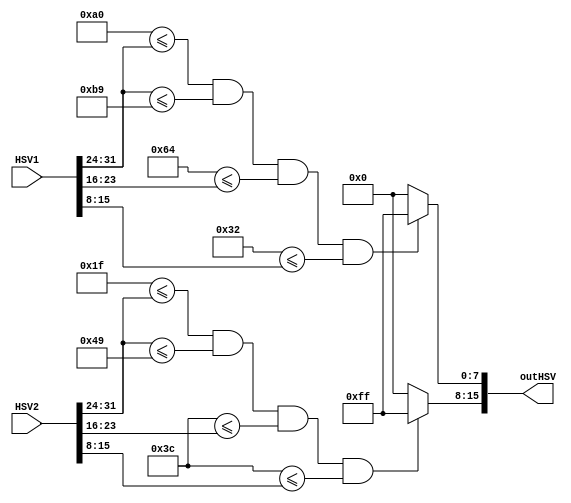
module cvinrange(
 HSV1,HSV2,outHSV
);
input[31:0] HSV1 ;
input[31:0] HSV2 ;
output [31:0] outHSV ;


//Those ranges need to be changed to decimal
//they are meaningless in binary form
//pink
assign outHSV[7:0]=( /*H*/8'b10100000 <= HSV1[31:24] && HSV1[31:24] <= 8'b10111001 &&/*S*/ 8'b01100100 <= HSV1[23:16]  &&/*V*/ 8'd50 <= HSV1[15:8] )?(8'b11111111):8'b00000000;
//green
assign outHSV[15:8]=( 8'b00011111 <= HSV2[31:24] && HSV2[31:24] <= 8'b01001001 && 8'b00111100 <= HSV2[23:16]  &&/*V*/ 8'b00111100 <= HSV2[15:8] )?(8'b11111111):8'b00000000;
endmodule